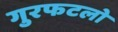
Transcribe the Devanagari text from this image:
गुरफटलो